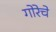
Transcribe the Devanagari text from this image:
गोरेचे